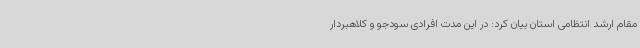
مقام ارشد انتظامی استان بیان کرد: در این مدت افرادی سودجو و کلاهبردار